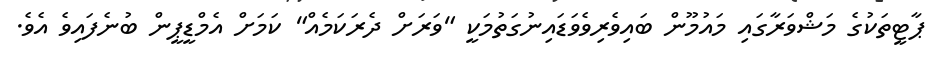
ޕާޓީތަކުގެ މަޝްވަރާގައި މައުމޫން ބައިވެރިވެވަޑައިނުގަތުމަކީ "ވަރަށް ދެރަކަމެއް" ކަމަށް އެމްޑީޕީން ބުނެފައިވެ އެވެ.